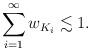
LaTeX: \begin{align*}\sum_{i=1}^\infty w_{K_i} \lesssim 1. \end{align*}